Civil Veterinary Department. Madras. Admin. report 1926-33 - 1926-1933
Year: 1926
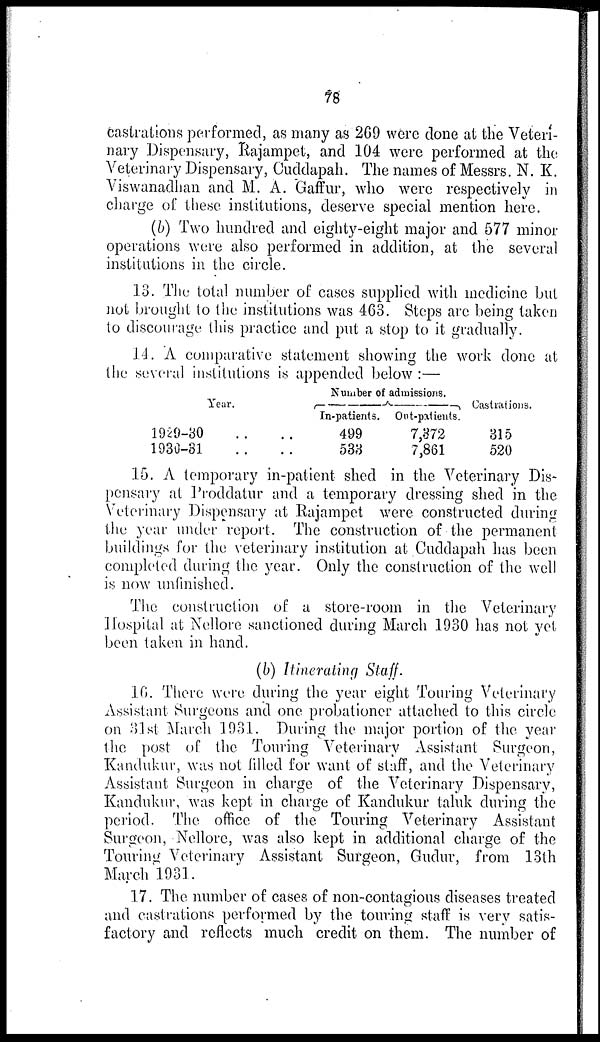
78
castrations performed, as many as 269 were done at the Veteri-
nary Dispensary, Rajampet, and 104 were performed at the
Veterinary Dispensary, Cuddapah. The names of Messrs. N. K.
Viswanadhan and M. A. Gaffur, who were respectively in
charge of these institutions, deserve special mention here.
(b) Two hundred and eighty-eight major and 577 minor
operations were also performed in addition, at the several
institutions in the circle.
13. The total number of cases supplied with medicine but
not brought to the institutions was 463. Steps are being taken
to discourage this practice and put a stop to it gradually.
14. A comparative statement showing the work done at
the several institutions is appended below :—
Year.
1929-80
1930-31
Number of admissions.
In-patients.
499
533
Out-patients.
7,372
7,861
Castrations.
315
520
15. A temporary in-patient shed in the Veterinary Dis-
pensary at Proddatur and a temporary dressing shed in the
Veterinary Dispensary at Rajampet were constructed during
the year under report. The construction of the permanent
buildings for the veterinary institution at Cuddapah has been
completed during the year. Only the construction of the well
is now unfinished.
The construction of a store-room in the Veterinary
Hospital at Nellore sanctioned during March 1930 has not yet
been taken in hand.
(b) Itinerating Staff.
16. There were during the year eight Touring Veterinary
Assistant Surgeons and one probationer attached to this circle
on 31st March 1931. During the major portion of the year
the post of the Touring Veterinary Assistant Surgeon,
Kandukur, was not filled for want of staff, and the Veterinary
Assistant Surgeon in charge of the Veterinary Dispensary,
Kandukur, was kept in charge of Kandukur taluk during the
period. The office of the Touring Veterinary Assistant
Surgeon, Nellore, was also kept in additional charge of the
Touring Veterinary Assistant Surgeon, Gudur, from 13th
March 1931.
17. The number of cases of non-contagious diseases treated
and castrations performed by the touring staff is very satis-
factory and reflects much credit on them. The number of